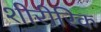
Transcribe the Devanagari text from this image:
शीरीरिक